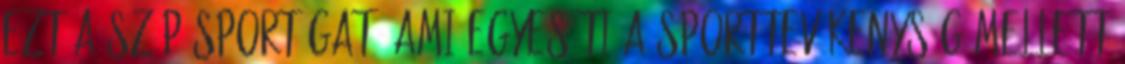
ezt a szép sportágat, ami egyesíti a sporttevékenység mellett